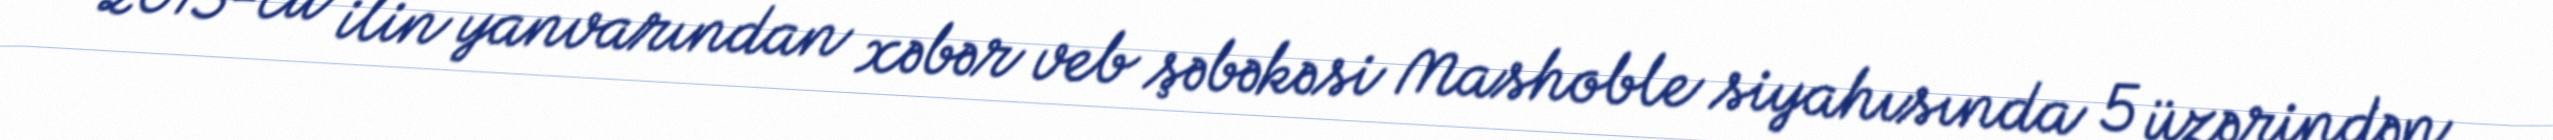
2013-cü ilin yanvarından xəbər veb şəbəkəsi Mashoble siyahısında 5 üzərindən